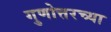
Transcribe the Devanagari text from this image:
गुणोत्तरच्या